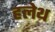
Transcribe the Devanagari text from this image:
हलेथ